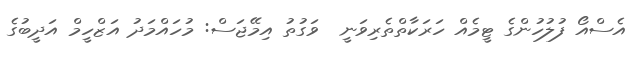
އެސްއޯ ފުލުހުންގެ ޓީމެއް ހަރަކާތްތެރިވަނީ  ވަގުތު އިމޭޖަސް: މުހައްމަދު އަޒްހީމް އަދީބުގެ